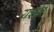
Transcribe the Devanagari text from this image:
यशने